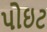
પોઇટ